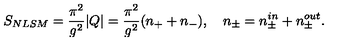
S _ { N L S M } = { \frac { \pi ^ { 2 } } { g ^ { 2 } } } | Q | = { \frac { \pi ^ { 2 } } { g ^ { 2 } } } ( n _ { + } + n _ { - } ) , \quad n _ { \pm } = n _ { \pm } ^ { i n } + n _ { \pm } ^ { o u t } .